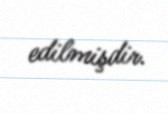
edilmişdir.